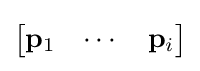
{\begin{bmatrix}\mathbf {p} _{1}&\cdots &\mathbf {p} _{i}\end{bmatrix}}